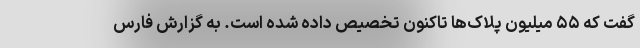
گفت که ۵۵ میلیون پلاک‌ها تاکنون تخصیص داده شده است. به گزارش فارس